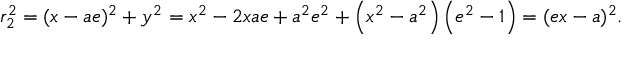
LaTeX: r _ { 2 } ^ { 2 } = ( x - a e ) ^ { 2 } + y ^ { 2 } = x ^ { 2 } - 2 x a e + a ^ { 2 } e ^ { 2 } + \left( x ^ { 2 } - a ^ { 2 } \right) \left( e ^ { 2 } - 1 \right) = ( e x - a ) ^ { 2 } .